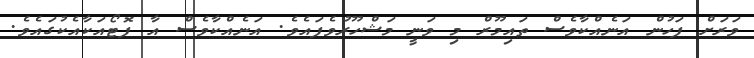
ވަރަށް ފަހުން އަނެއްކާވެސް ތައިމޫރް މި ވަނީ މަޝްހޫރުވެފައެވެ. އަނެއްކާވެސް އާ ފޮޓޯއަކާއެކުގައެވެ.